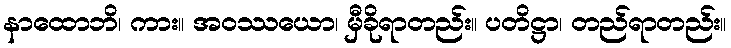
နာထောဘိ၊ ကား။ အဝဿယော၊ မှီခိုရာတည်း။ ပတိဋ္ဌာ၊ တည်ရာတည်း။